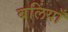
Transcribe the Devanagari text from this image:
बलिंयाँ